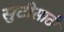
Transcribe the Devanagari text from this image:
सुटीसाठी